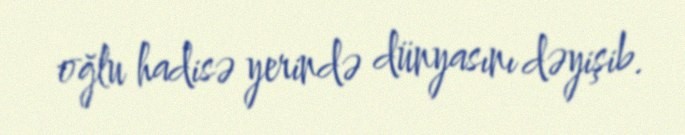
oğlu hadisə yerində dünyasını dəyişib.